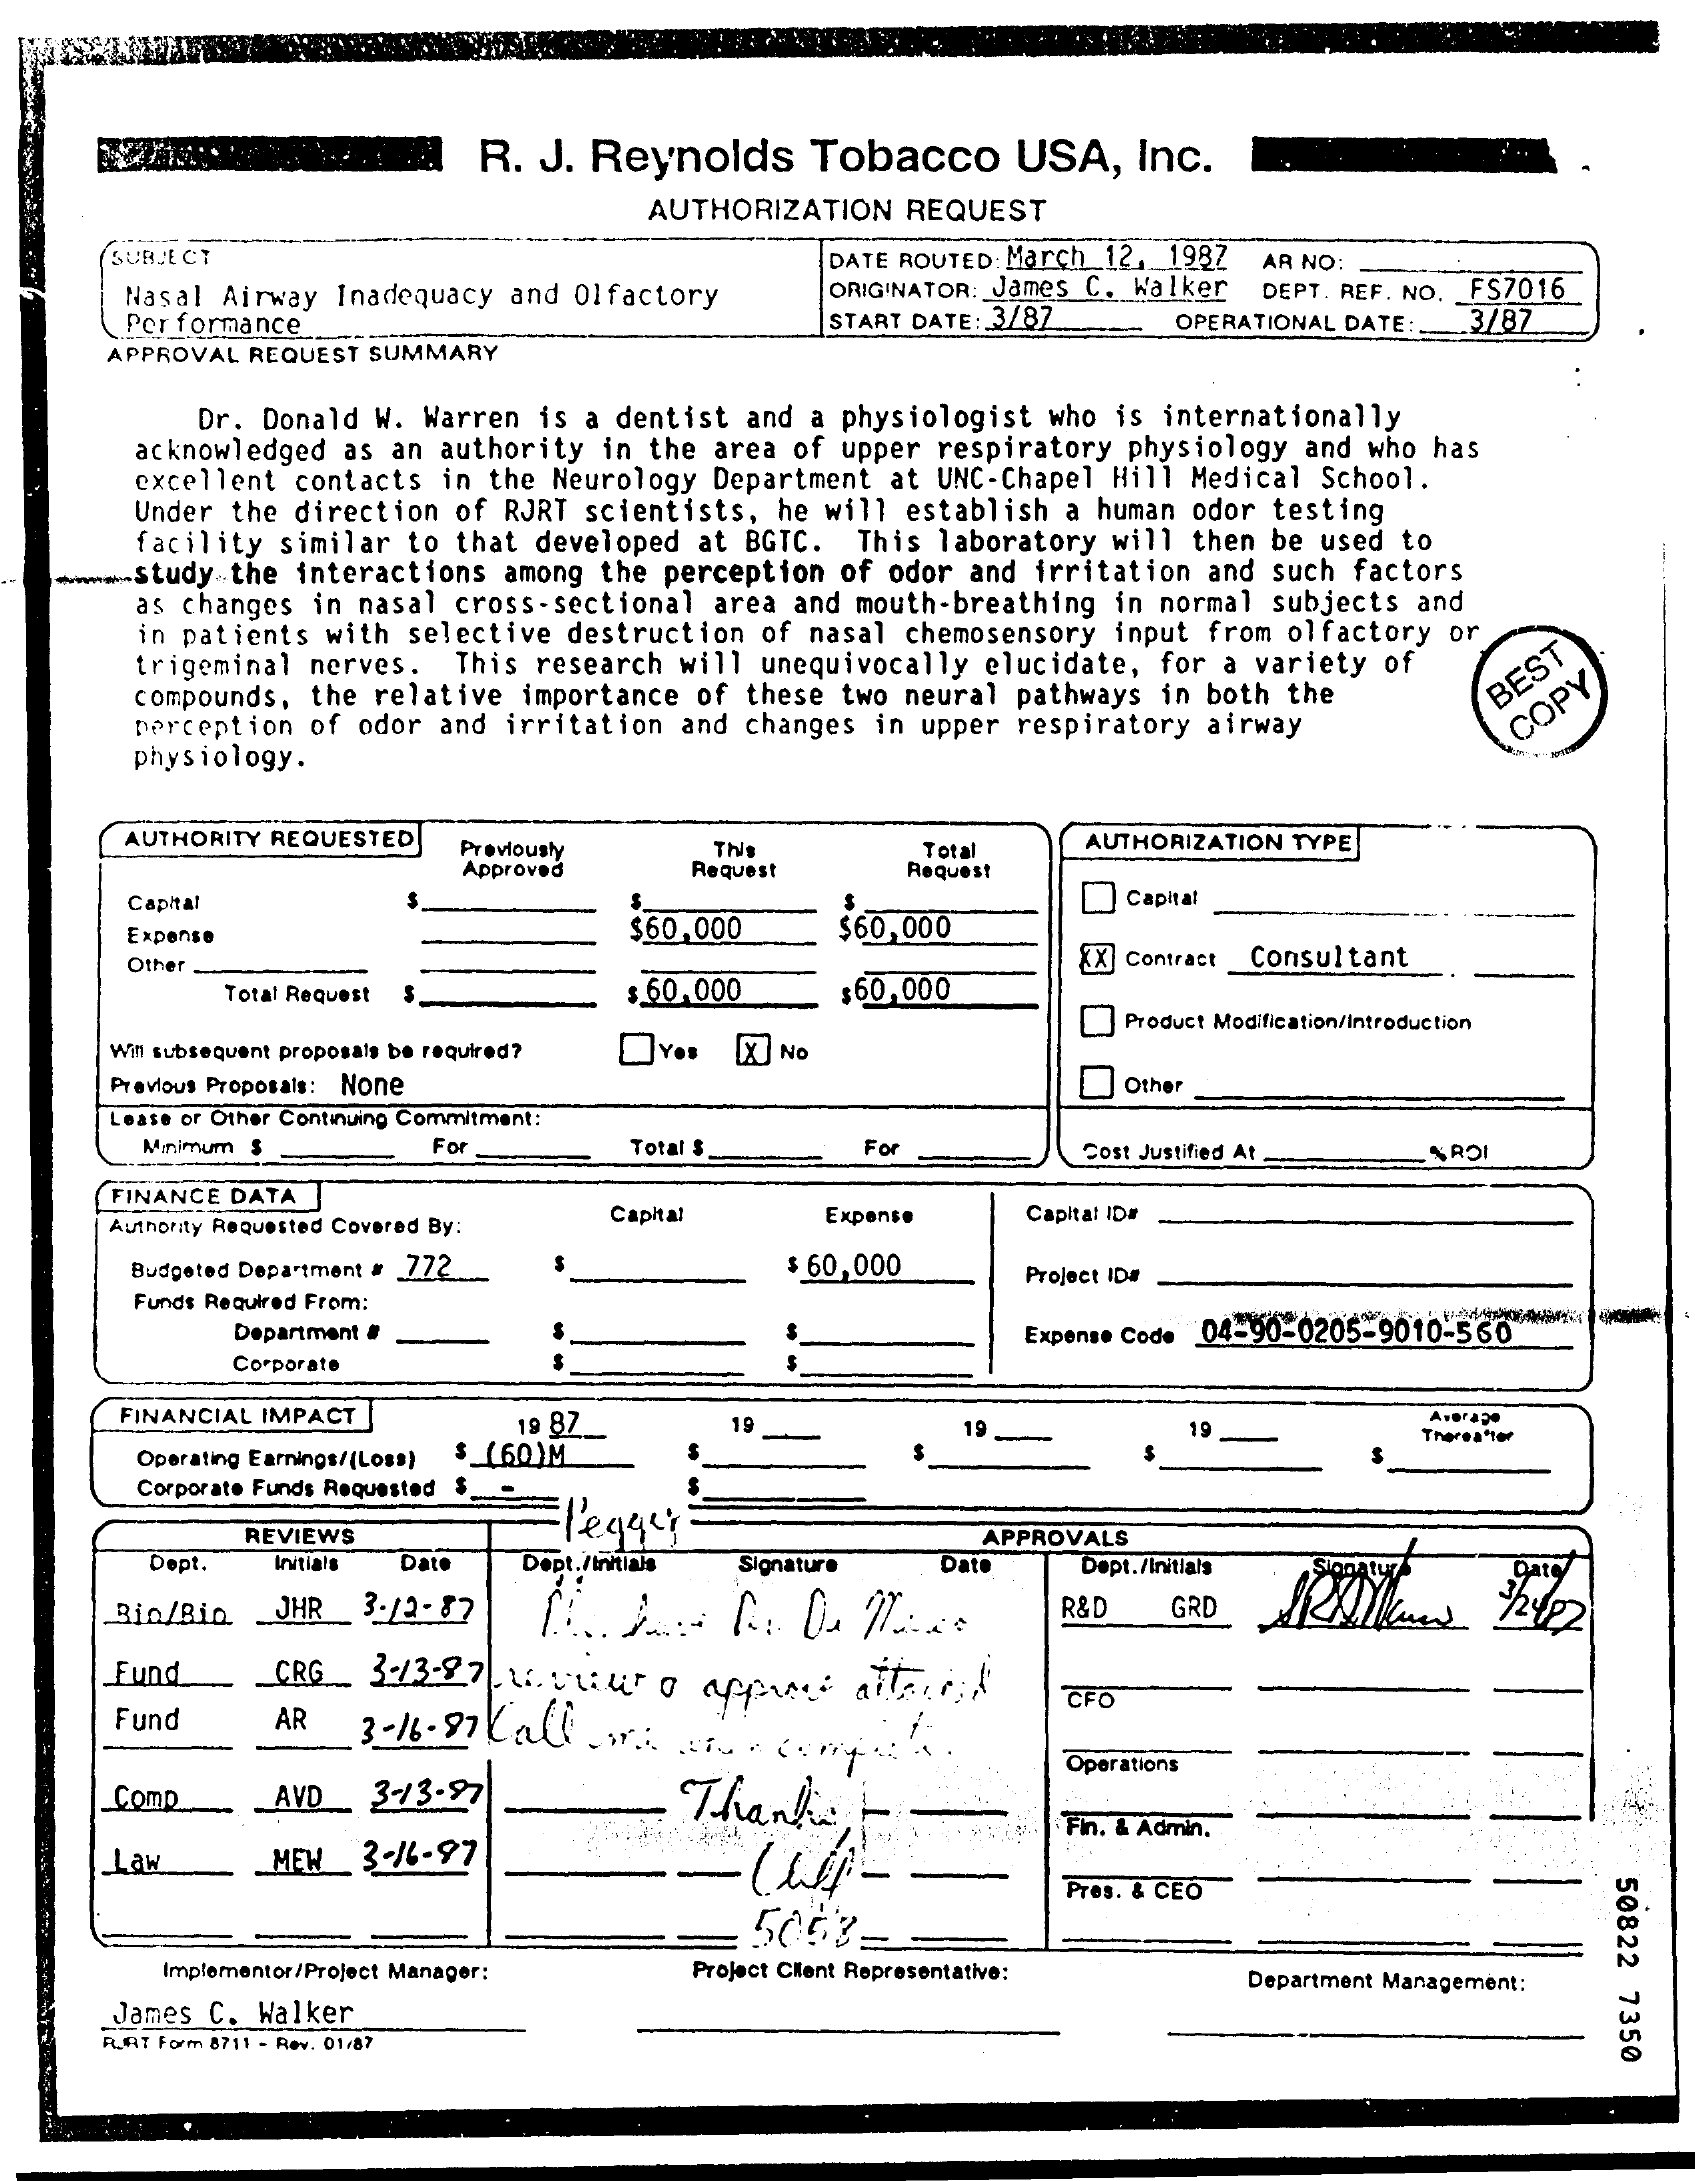
R. J. Reynolds    Tobacco    USA,   Inc.
     AUTHORIZATION REQUEST
     SUBJECT    DATE ROUTED:March 12, 1987 AR NO:
     Nasal Airway Inadequacy and Olfactory   ORIGINATOR: James C. Walker DEPT. REF. NO. FS7016
     Performance    START DATE: 3/87   OPERATIONAL DATE: 3/87
     APPROVAL REQUEST SUMMARY
     Dr. Donald W. Warren is a dentist and a physiologist who is internationally
     acknowledged as an authority in the area of upper respiratory physiology and who has
     excellent contacts in the Neurology Department at UNC-Chapel Hill Medical School.
     Under the direction of RJRT scientists, he will establish a human odor testing
     facility similar to that developed at BGTC. This laboratory will then be used to
   ---- Study the interactions among the perception of odor and irritation and such factors
     as changes in nasal cross-sectional area and mouth-breathing in normal subjects and
     in patients with selective destruction of nasal chemosensory input from olfactory or
     trigeminal nerves. This research will unequivocally elucidate, for a variety of
     compounds, the relative importance of these two neural pathways in both the
     BEST
     physiology.
     perception of odor and irritation and changes in upper respiratory airway   COPY
     AUTHORITY REQUESTED Previously   This    AUTHORIZATION TYPE
     Approved    Request
     Total
     Request
     Capital
     $60,000    $60,000
     Capital
     Expense
     Other    Consultant
     Total Request    $ 60.000    $60,000
     [X] Contract
     Will subsequent proposals be required? DYO. [X] NO
     Product Modification/Introduction
     Previous Proposals: None    Other
     Lease or Other Continuing Commitment:
     Minimum $    For    Total $    For    Cost Justified At
     FINANCE DATA
     Authority Requested Covered By:
     Capital    Expense    Capital ID#
     Budgeted Department # 772    $ 60,000
     Funds Required From:
     Project ID#
     Department #    Expense Code 04-90-0205-9010-560
     Corporate
     FINANCIAL IMPACT    19 87    19    19    19    AveraDe
     Operating Earnings/(Loss) $_(60 )M
     Therea*ler
     Corporate Funds Requested
     l'egger
     REVIEWS    APPROVALS
     Dept.  Initials Date Dept.Vinnials Signature Date  Dept./initials
     Bin/Bin. JHR 3-12-87    R&D    GRD
     Fund    CRG_  3:13-87 W. www  o appares  altareil
     Fund    AR
     CFO
     Comp    AVD_  3-13-97    Thanks!    -
     Operations
     Fin. & Admin.
     Law    MEW  3-16-97
     Pres. & CEO
     50822
     7350
     Implementor/Project Manager:  Project Client Representative: Department Management:
     James C. Walker
     RJAT Form 8711 - Rev. 01/87